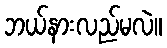
ဘယ်နားလည်မလဲ။